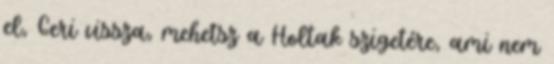
el, Geri vissza, mehetsz a Holtak szigetére, ami nem